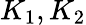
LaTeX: K_{1},K_{2}